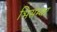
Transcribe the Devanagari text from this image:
भिसम्बर